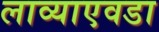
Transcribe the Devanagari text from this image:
लाव्याएवडा